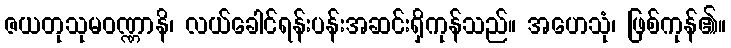
ဇယတုသုမဝဏ္ဏာနိ၊ လယ်ခေါင်ရန်းပန်းအဆင်းရှိကုန်သည်။ အဟေသုံ၊ ဖြစ်ကုန်၏။